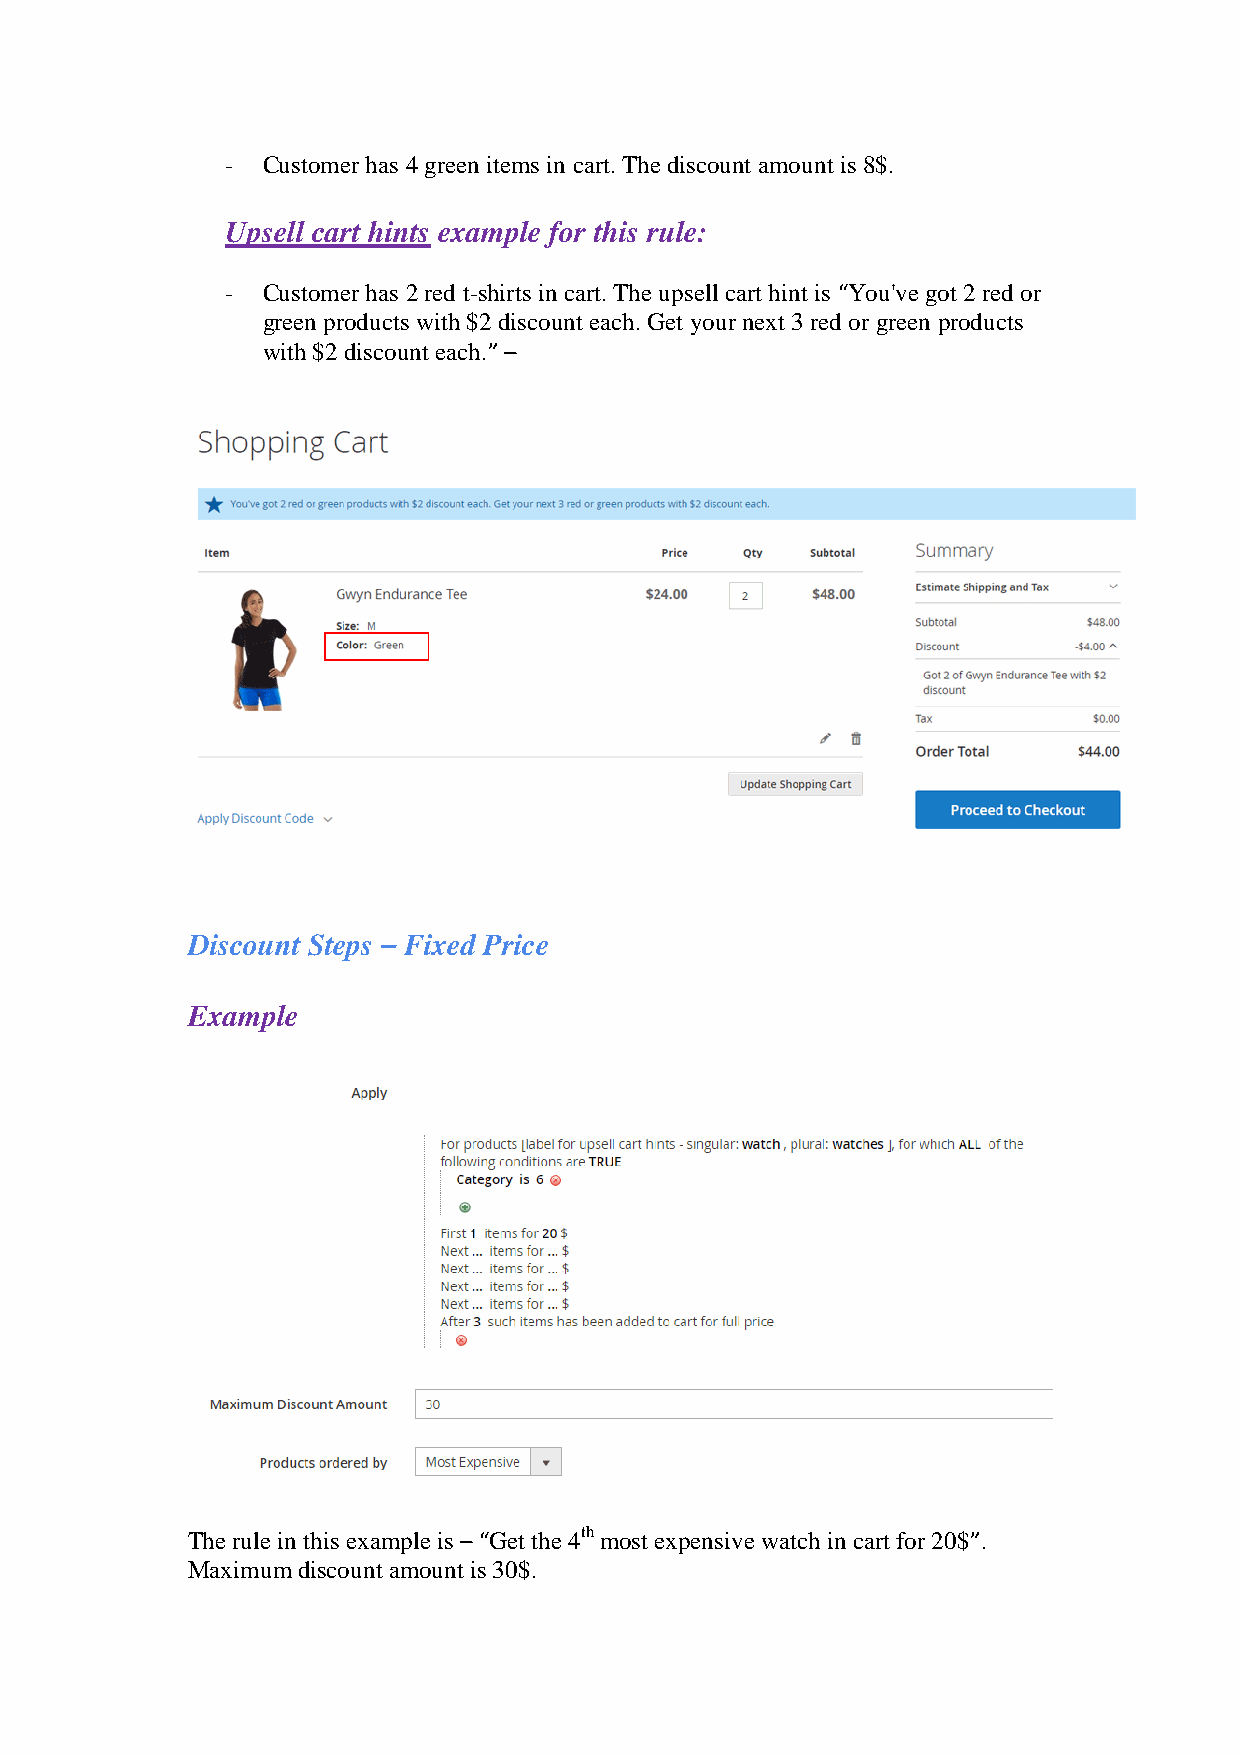
- Customer has 4 green items in cart. The discount amount is 8$.
 Upsell cart hints example for this rule:
 - Customer has 2 red t-shirts in cart. The upsell cart hint is “You've got 2 red or
 green products with $2 discount each. Get your next 3 red or green products
 with $2 discount each.” –
 Discount Steps – Fixed Price
 Example
 The rule in this example is – “Get the 4th most expensive watch in cart for 20$”.
 Maximum discount amount is 30$.